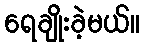
ရေချိုးခဲ့မယ်။